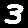
Digit: 3